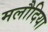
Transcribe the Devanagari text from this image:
मलौदिया